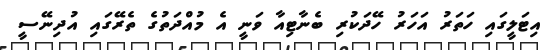
އިޓަލީގައި ހަތަރު އަހަރު ހޭދަކުރި ބެނާޓިއާ ވަނީ އެ މުއްދަތުގެ ތެރޭގައި އުދިނޭސީ